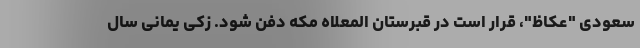
سعودی "عکاظ"، قرار است در قبرستان المعلاه مکه دفن شود. زکی یمانی سال